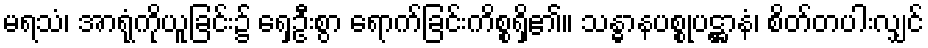
မရသံ၊ အာရုံကိုယူခြင်း၌ ရှေ့ဦးစွာ ရောက်ခြင်းကိစ္စရှိ၏။ သန္ဓာနပစ္စုပဋ္ဌာနံ၊ စိတ်တပါးလျှင်